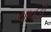
ચાવડી